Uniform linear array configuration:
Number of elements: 24
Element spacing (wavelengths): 0.75
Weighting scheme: uniform
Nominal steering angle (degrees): -60
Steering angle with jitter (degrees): -58.774
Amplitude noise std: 0.05
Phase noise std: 0.05

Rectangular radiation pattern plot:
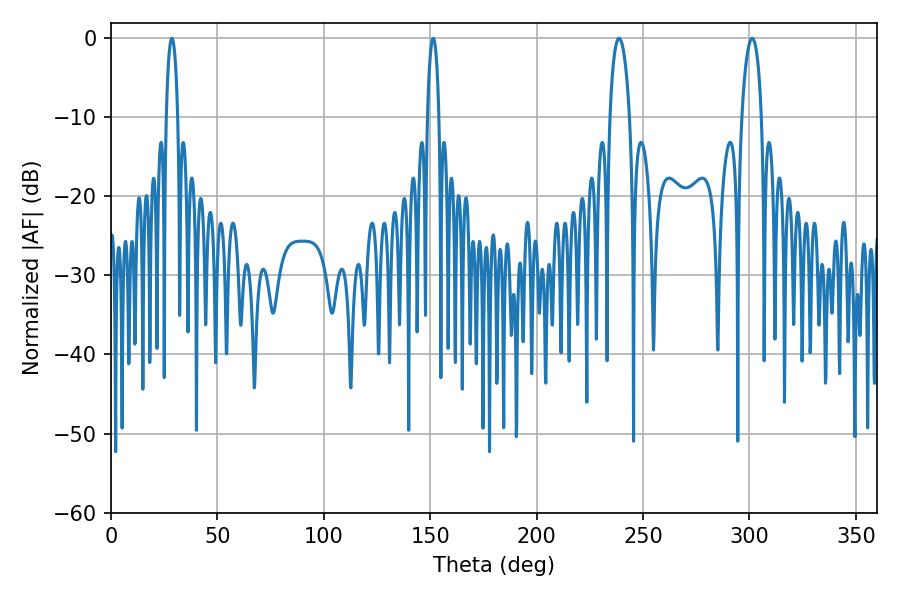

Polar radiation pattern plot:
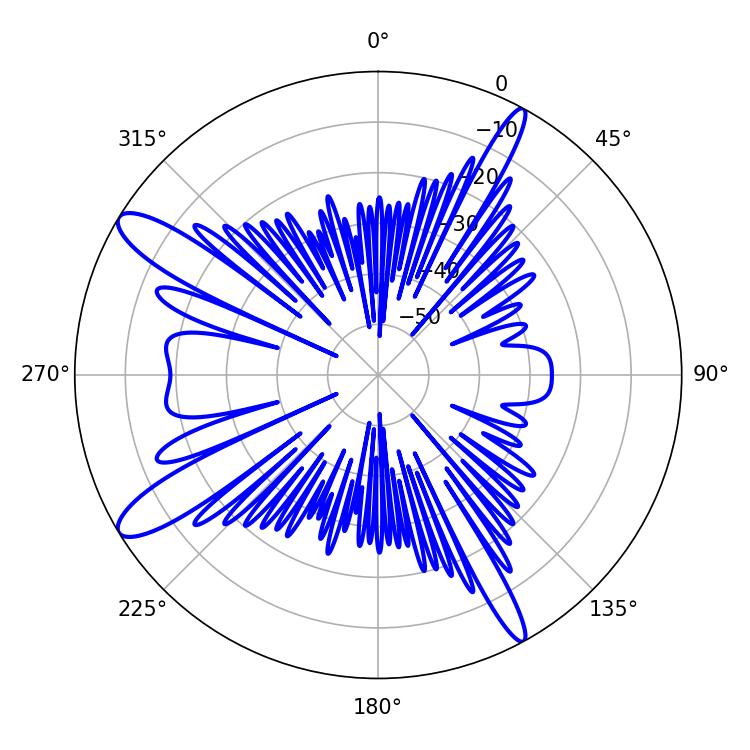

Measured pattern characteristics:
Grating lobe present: TRUE
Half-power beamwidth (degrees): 2.88
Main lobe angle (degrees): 28.62